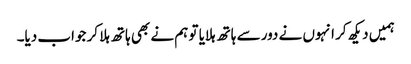
ہمیں دیکھ کر انہوں نے دور سے ہاتھ ہلایا تو ہم نے بھی ہاتھ ہلا کر جواب دیا۔